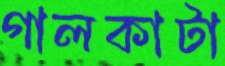
গালকাটা